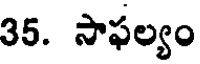
35. సాఫల్యం